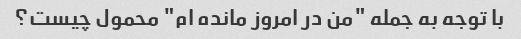
با توجه به جمله "من در امروز مانده ام" محمول چیست؟